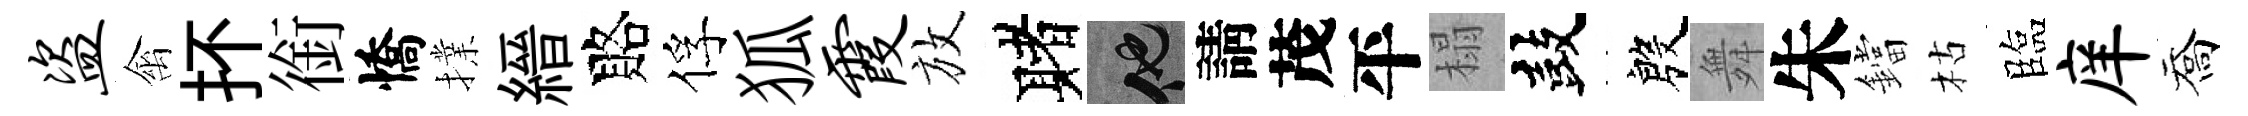
盗禽抔銜憍擈縉賂俘狐霞放赌他請茂平榻鼓殷舞朱鐺枯臨庠喬